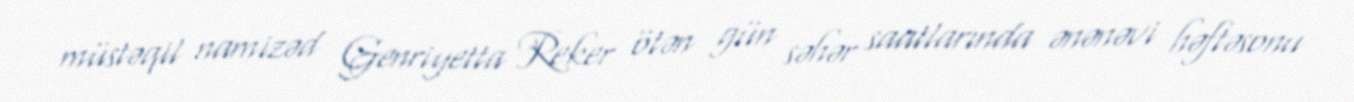
müstəqil namizəd Genriyetta Reker ötən gün səhər saatlarında ənənəvi həftəsonu